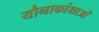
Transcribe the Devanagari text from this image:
यौनाकांक्षाओं